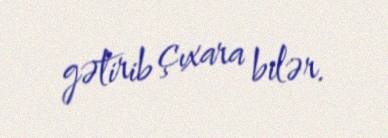
gətirib çıxara bilər.